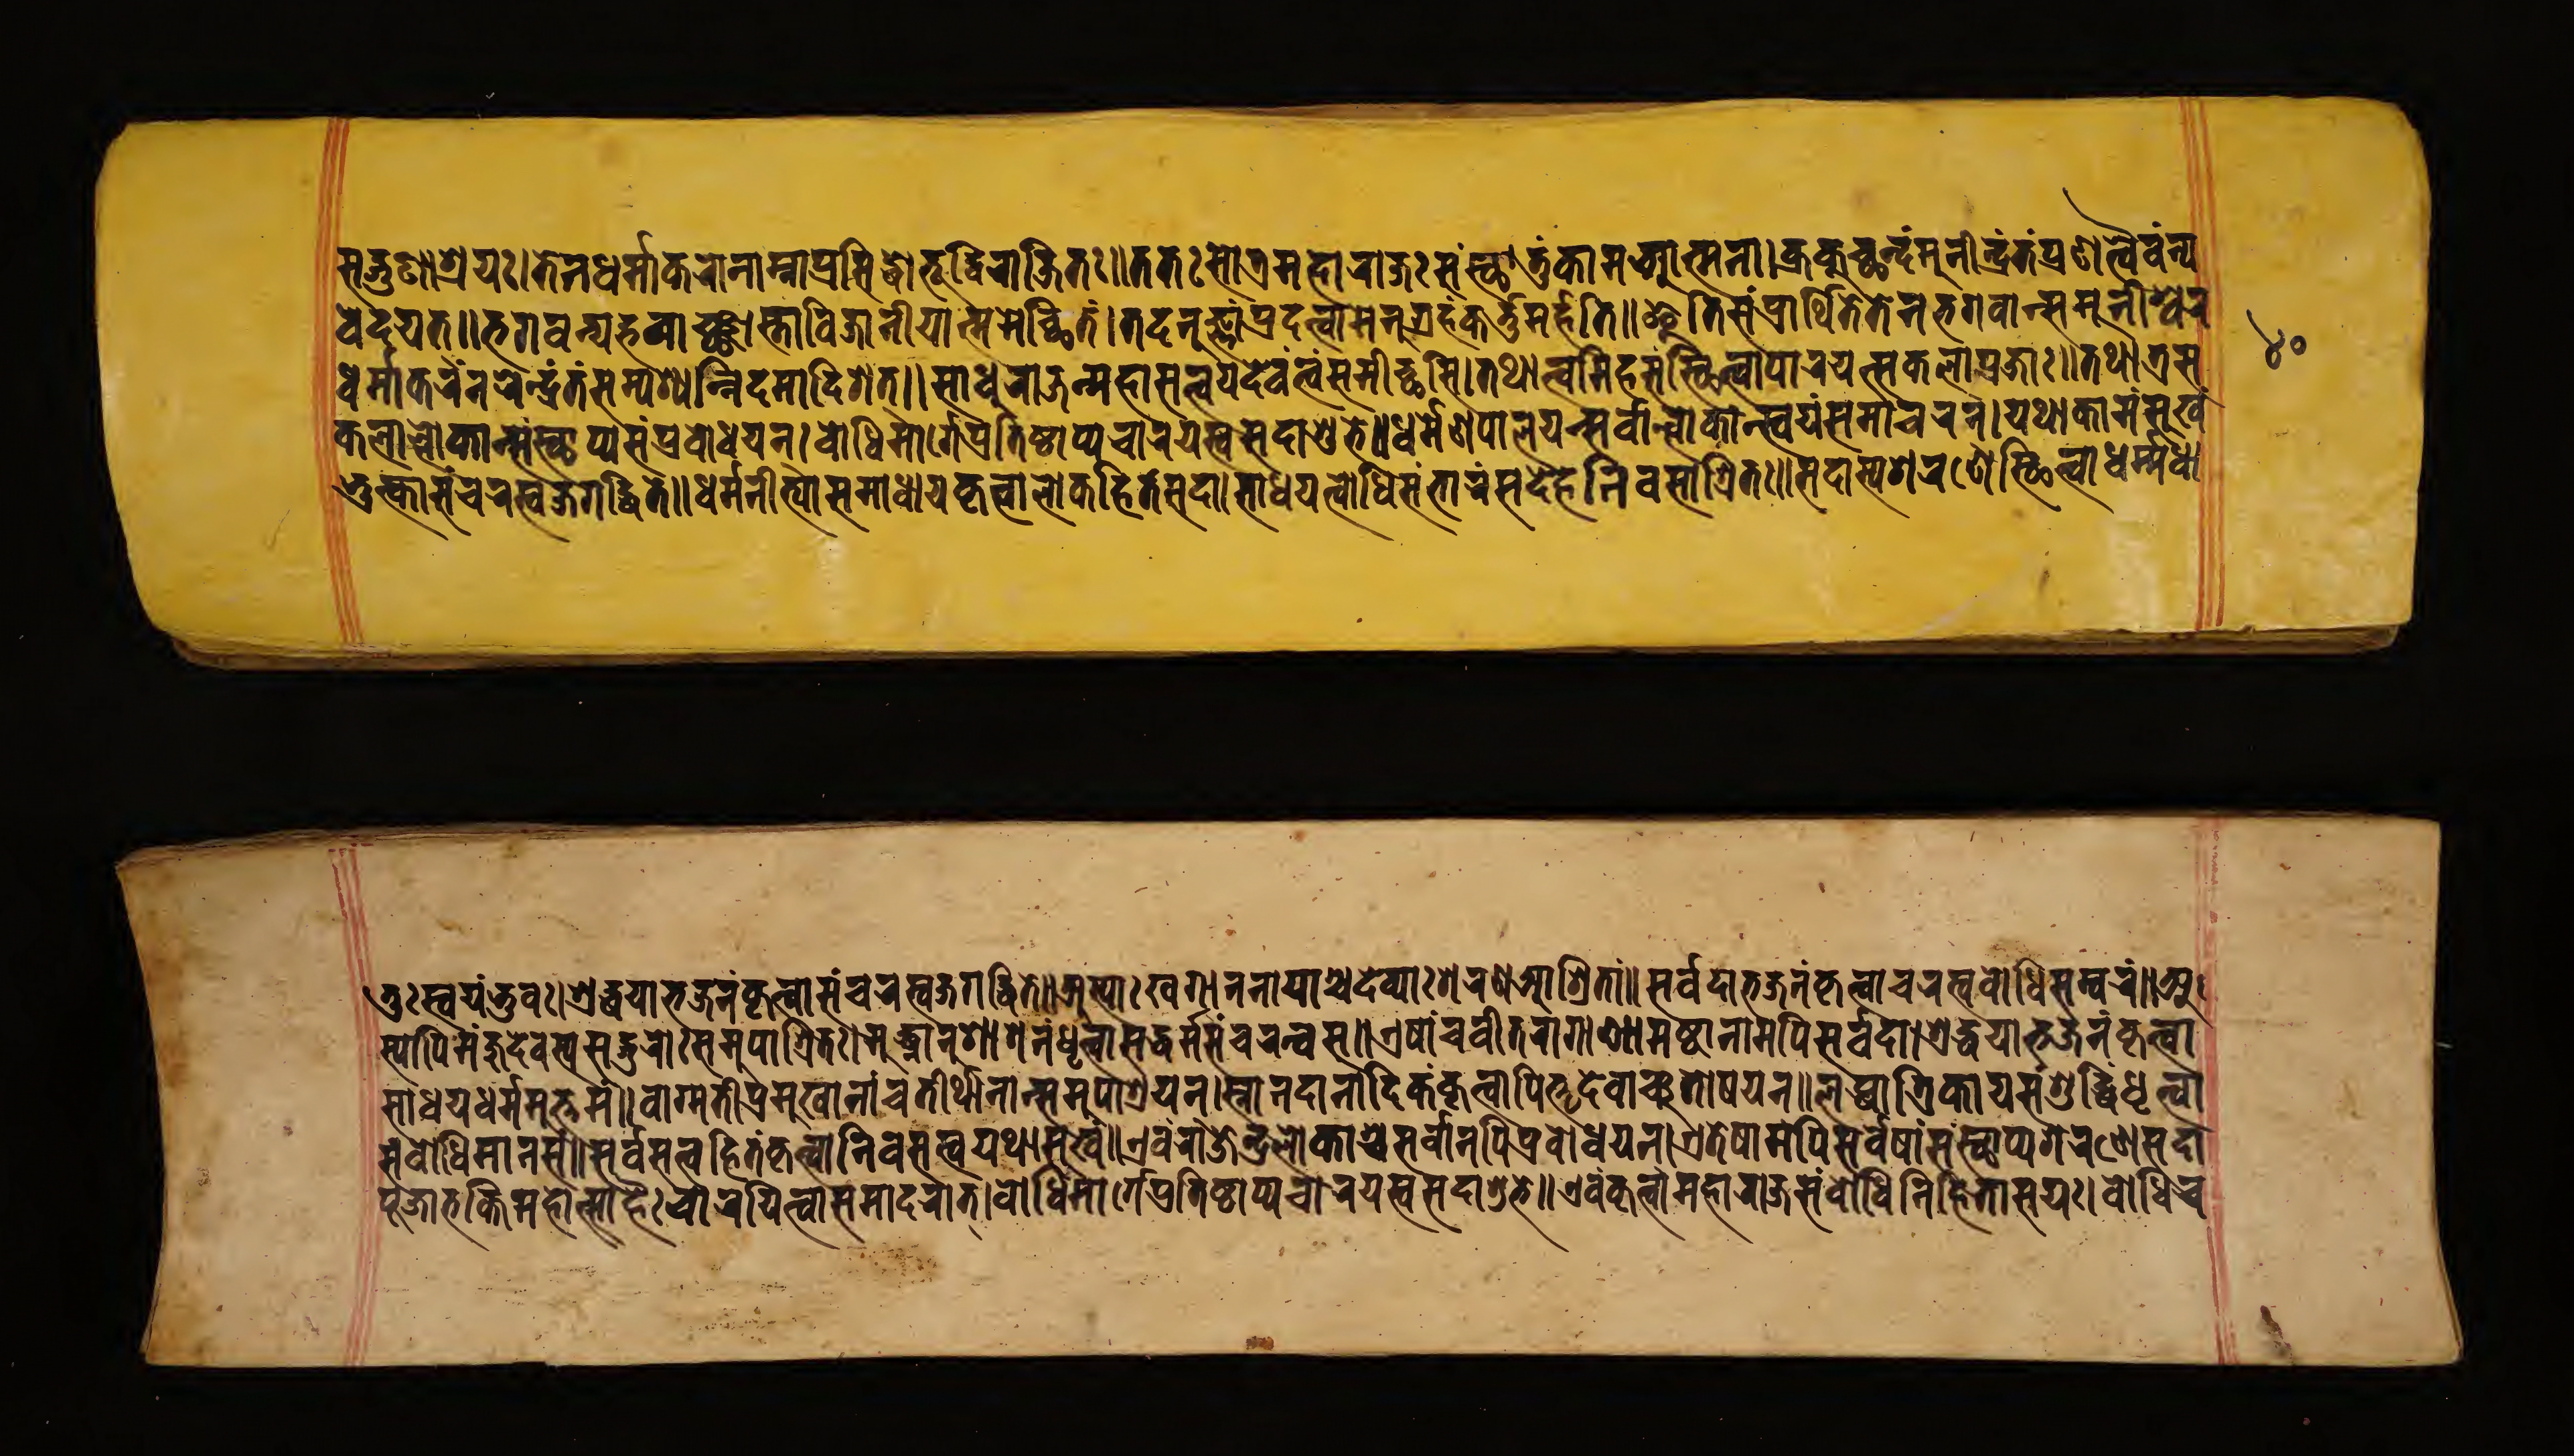
𑐳𑐡𑑂𑐐𑐸𑐞𑐵𑐱𑑂𑐬𑐫𑑅।𑐟𑐾𑐣𑐢𑐬𑑂𑐩𑐵𑐎𑐬𑑀𑐣𑐵𑐩𑑂𑐣𑑀𑐥𑑂𑐬𑐳𑐶𑐡𑑂𑐢𑑁𑐨𑐹𑐡𑑂𑐰𑐶𑐬𑐵𑐖𑐶𑐟𑐾𑑅॥𑐟𑐟𑑅𑐳𑑀𑐟𑑂𑐬𑐩𑐴𑐵𑐬𑐵𑐖𑑅𑐳𑑄𑐳𑑂𑐠𑐵𑐳𑑂𑐟𑐸𑑄𑐎𑐵𑐩𑐁𑐟𑑂𑐩𑐣𑐵॥𑐎𑑂𑐬𑐎𑐸𑐕𑐣𑑂𑐡𑑄𑐩𑐸𑐣𑐷𑐣𑑂𑐡𑑂𑐬𑐣𑑂𑐟𑑄𑐥𑑂𑐬𑐞𑐟𑑂𑐰𑐿𑐰𑑄𑐣𑑂𑐫 𑐰𑐾𑐡𑐫𑐟𑑂॥𑐨𑐐𑐰𑐣𑑂𑐫𑐴𑐰𑐵𑑄𑐕𑐵𑐳𑑂𑐟𑐵𑐰𑐶𑐖𑐵𑐣𑐷𑐫𑐵𑐟𑑂𑐩𑐩𑐾𑐔𑑂𑐕𑐶𑐟𑑄॥𑐟𑐡𑐣𑐸𑐖𑑂𑐘𑐵𑑄𑐥𑐡𑐟𑑂𑐰𑐵𑐩𑐾𑐣𑐸𑐐𑑂𑐬𑐴𑑄𑐎𑐬𑑂𑐟𑐸𑐩𑐬𑑂𑐴𑐟𑐶॥𑐂𑐟𑐶𑐳𑑄𑐥𑑂𑐬𑐵𑐬𑑂𑐠𑐶𑐟𑐾𑐟𑐾𑐣𑐨𑐐𑐰𑐵𑐣𑑂𑐳𑐩𑐸𑐣𑐷𑐱𑑂𑐰𑐬𑑅 𑐢𑐬𑑂𑐩𑑂𑐩𑐵𑐎𑐬𑑄𑐣𑐬𑐾𑐣𑑂𑐡𑑂𑐬𑑄𑐣𑑂𑐟𑑄𑐳𑐩𑑂𑐥𑐱𑑂𑐫𑐣𑑂𑐣𑐾𑐰𑐩𑐵𑐡𑐶𑐱𑐟𑑂॥𑐳𑐵𑐢𑐸𑐬𑐵𑐖𑐣𑑂𑐩𑐴𑐵𑐳𑐟𑑂𑐟𑑂𑐰𑐫𑐡𑐾𑐰𑑄𑐟𑑂𑐰𑑄𑐳𑐩𑐷𑐔𑑂𑐕𑐳𑐶॥𑐟𑐠𑐵𑐟𑑂𑐰𑐩𑐶𑐴𑐳𑐣𑑂𑐳𑑂𑐠𑐶𑐟𑑂𑐰𑐵𑐥𑐵𑐮𑐫𑑄𑐧𑑀𑐢𑐫𑐣𑑂𑐥𑑂𑐬𑐖𑐵𑑅॥𑐟𑐠𑐵𑐟𑑂𑐬𑐳 𑐎𑐬𑐮𑐵𑐮𑑂𑐮𑑀𑐎𑐵𑐣𑑂𑐳𑑄𑐳𑑂𑐠𑐵𑐥𑑂𑐫𑐳𑑄𑐥𑑂𑐬𑐧𑑀𑐢𑐫𑐣𑑂।𑐧𑑀𑐢𑐶𑐩𑐵𑐬𑑂𑐐𑐾𑐥𑑂𑐬𑐟𑐶𑐲𑑂𑐛𑐵𑐥𑑂𑐫𑐔𑐵𑐬𑐫𑐳𑑂𑐰𑐳𑐡𑐵𑐱𑐸𑐨𑐾॥𑐢𑐬𑑂𑐩𑑂𑐩𑐾𑐞𑐥𑐵𑐮𑐫𑐣𑑂𑐳𑐬𑑂𑐰𑐵𑐮𑑂𑐮𑑀𑐎𑐵𑐣𑑂𑐳𑑂𑐰𑐫𑑄𑐳𑐩𑐵𑐔𑐬𑐣𑑂।𑐫𑐠𑐵𑐎𑐵𑐩𑐳𑐸𑐏𑑄 𑐟𑐸𑐥𑑂𑐬𑐵𑐳𑐔𑐬𑐳𑑂𑐰𑐖𑐐𑐡𑑂𑐢𑐶𑐟𑐾॥𑐢𑐬𑑂𑐩𑑂𑐩𑐣𑐷𑐟𑑂𑐫𑐵𑐳𑐩𑐵𑐢𑐵𑐫𑐎𑐺𑐟𑑂𑐰𑐵𑐮𑑀𑐎𑐴𑐶𑐟𑑄𑐳𑐡𑐵।𑐳𑐵𑐢𑐫𑐣𑑂𑐰𑑀𑐢𑐶𑐳𑐩𑑂𑐨𑐵𑐬𑑄𑐳𑐡𑐾𑐴𑐣𑐶𑐰𑐳𑐵𑐱𑑂𑐬𑐶𑐟𑐵𑑅॥𑐳𑐡𑐵𑐳𑑂𑐫𑐱𑐬𑐞𑐾𑐳𑑂𑐠𑐶𑐟𑑂𑐰𑐵𑐢𑐬𑑂𑐩𑑂𑐩𑐢𑐵 𑐟𑑀𑑅𑐳𑑂𑐰𑐫𑐩𑑂𑐨𑐸𑐰𑑅।𑐱𑑂𑐬𑐡𑑂𑐢𑐫𑐵𑐨𑐖𑐣𑑄𑐎𑐺𑐟𑑂𑐰𑐵𑐳𑑄𑐔𑐬𑐳𑑂𑐰𑐖𑐐𑐡𑑂𑐢𑐶𑐟𑐾॥𑐀𑐳𑑂𑐫𑐵𑑅𑐏𑐐𑐵𑐣𑐣𑐵𑐫𑐵𑐱𑑂𑐔𑐡𑐾𑐰𑑂𑐫𑐵𑑅𑐱𑐬𑐞𑐁𑐱𑑂𑐬𑐶𑐟𑑅॥𑐳𑐬𑑂𑐰𑐡𑐵𑐨𑐖𑐣𑑄𑐎𑐺𑐟𑑂𑐰𑐵𑐔𑐬𑐳𑑂𑐰𑐧𑑀𑐢𑐶𑐳𑑄𑐰𑐬𑑄॥𑐀 𑐳𑑂𑐫𑐵𑐥𑐶𑐩𑐘𑑂𑐖𑐸𑐡𑐾𑐰𑐳𑑂𑐫𑐳𑐡𑑂𑐐𑐸𑐬𑑀𑑅𑐳𑐩𑐸𑐥𑐵𑐱𑑂𑐬𑐶𑐟𑑅।𑐧𑐸𑐡𑑂𑐢𑐵𑐣𑐸𑐱𑐵𑐳𑐣𑑄𑐢𑐺𑐟𑑂𑐰𑐵𑐳𑐡𑑂𑐢𑐬𑑂𑐩𑑂𑐩𑐾𑐳𑑄𑐔𑐬𑑄𑐳𑑂𑐰𑐳॥𑐊𑐲𑐵𑑄𑐔𑐰𑐷𑐟𑐬𑐵𑐐𑐵𑐣𑐵𑐩𑐲𑑂𑐚𑐵𑐣𑐵𑐩𑐥𑐶𑐳𑐬𑑂𑐰𑐡𑐵।𑐱𑑂𑐬𑐡𑑂𑐢𑐫𑐵𑐨𑐖𑐣𑑄𑐎𑐺𑐟𑑂𑐰𑐵 𑐳𑐵𑐢𑐫𑐢𑐬𑑂𑐩𑑂𑐩𑐩𑐸𑐎𑑂𑐟𑐩𑑄॥𑐰𑐵𑐐𑑂𑐩𑐟𑐷𑐥𑑂𑐬𑐩𑐸𑐏𑐵𑐣𑐵𑐘𑑂𑐔𑐟𑐷𑐬𑑂𑐠𑐵𑐣𑐵𑑄𑐳𑐩𑐸𑐥𑐵𑐱𑑂𑐬𑐫𑐾𑐣॥𑐳𑑂𑐣𑐵𑐣𑐡𑐵𑐣𑐵𑐡𑐶𑐎𑑄𑐎𑐺𑐟𑑂𑐰𑐵𑐥𑐶𑐟𑑂𑐟𑐺𑐣𑑂𑐡𑐾𑐰𑐵𑐘𑑂𑐔𑐟𑑀𑐲𑐫𑐣𑑂।𑐮𑐧𑑂𑐢𑐵𑐟𑑂𑐬𑐶𑐎𑐵𑐫𑐳𑑄𑐱𑐸𑐡𑑂𑐢𑐶𑑄𑐢𑐺𑐟𑑂𑐰𑐵 𑐳𑑄𑐧𑑀𑐢𑐶𑐩𑐵𑐣𑐳𑑄॥𑐳𑐬𑑂𑐰𑐳𑐟𑑂𑐟𑑂𑐰𑐵𑐴𑐶𑐟𑑄𑐎𑐺𑐟𑑂𑐰𑐵𑐣𑐶𑐰𑐳𑐳𑑂𑐰𑐫𑐠𑐵𑐳𑐸𑐏𑑄॥𑐊𑐰𑑄𑐬𑐵𑐖𑐾𑐣𑑂𑐡𑑂𑐬𑐮𑑀𑐎𑐵𑑄𑐱𑑂𑐔𑐳𑐬𑑂𑐰𑐵𑐣𑐥𑐶𑐥𑑂𑐬𑐰𑑀𑐢𑐫𑐣𑑂।𑐊𑐟𑐾𑐲𑐵𑐩𑐥𑐶𑐳𑐬𑑂𑐰𑐾𑐲𑐵𑑄𑐳𑑄𑐳𑑂𑐠𑐵𑐥𑑂𑐫𑐱𑐬𑐞𑐾𑐳𑐡𑐵 𑐥𑐹𑐖𑐵𑐨𑐎𑑂𑐟𑐶𑐩𑐴𑑀𑐟𑑂𑐳𑐵𑐴𑐿𑑅𑐔𑐵𑐬𑐫𑐶𑐟𑑂𑐰𑐵𑐳𑐩𑐵𑐡𑐬𑐵𑐟𑑂।𑐧𑑀𑐢𑐶𑐩𑐵𑐬𑑂𑐐𑐾𑐥𑑂𑐬𑐟𑐶𑐲𑑂𑐛𑐵𑐥𑑂𑐫𑐔𑐵𑐬𑐫𑐳𑑂𑐰𑐳𑐡𑐵𑐱𑐸𑐨𑐾॥𑐊𑐰𑑄𑐎𑐺𑐟𑑂𑐰𑐵𑐩𑐴𑐵𑐬𑐵𑐖𑐳𑑄𑐧𑑀𑐢𑐶𑐣𑐶𑐴𑐶𑐟𑐵𑐱𑑂𑐬𑐫𑑅।𑐧𑑀𑐢𑐶𑐔 𑑔𑑐